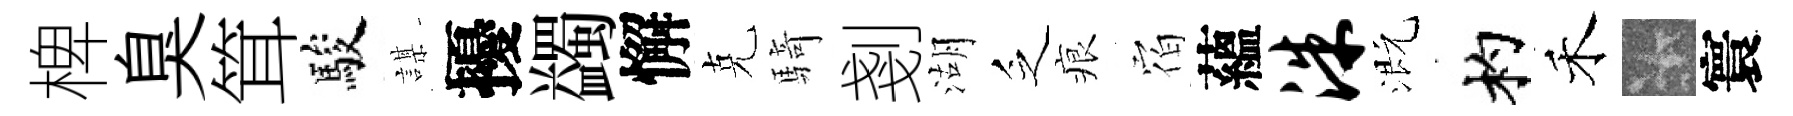
椑臭䇯駿謀擾蠲懈克騎剗湖乏痕𪧐蘊洙溉杓禾卡寰